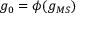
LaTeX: g _ { 0 } = \phi ( g _ { M S } )